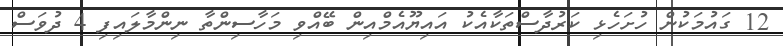
12 ގައުމަކުން ހުށަހެޅި ކަރުދާސްތަަކާއެކު އައިޔޫއެމްއިން ބޭއްވި މަހާސިންތާ ނިންމާލައިފި 4 ދުވަސް